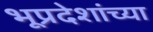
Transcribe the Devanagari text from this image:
भूप्रदेशांच्या